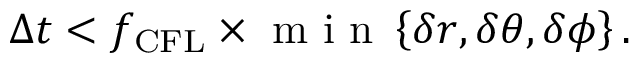
\begin{array} { r } { \Delta t < f _ { \mathrm { C F L } } \times \mathrm { ~ m ~ i ~ n ~ } \left\{ \delta r , \delta \theta , \delta \phi \right\} . } \end{array}